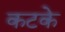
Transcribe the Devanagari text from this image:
कटके